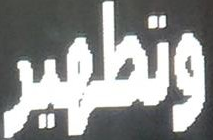
وتطهير